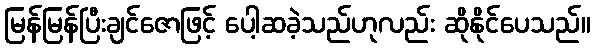
မြန်မြန်ပြီးချင်ဇောဖြင့် ပေါ့ဆခဲ့သည်ဟုလည်း ဆိုနိုင်ပေသည်။